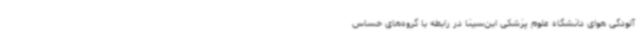
آلودگی هوای دانشگاه علوم پزشکی ابن‌سینا در رابطه با گروه‌های حساس